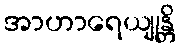
အာဟာရေယျုန္တိ